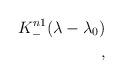
LaTeX: \begin{align*}K_{-}^{n1}(\lambda - \lambda_{0})\\, \end{align*}